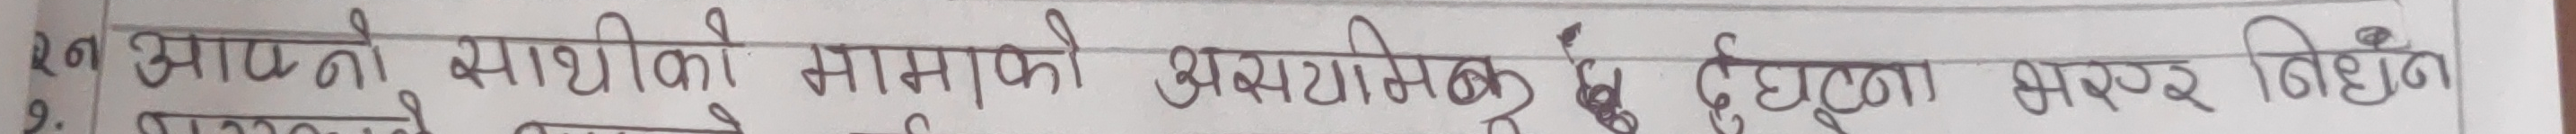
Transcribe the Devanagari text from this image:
१ नं अ आफ्नो साथीको मामिको असामायिक घटना भर वर्णन